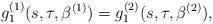
LaTeX: \begin{align*}g_1^{(1)}(s,\tau,\beta^{(1)})=g_1^{(2)}(s,\tau,\beta^{(2)}),\end{align*}